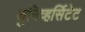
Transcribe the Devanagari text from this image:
युनिव्हर्सिटेट